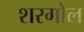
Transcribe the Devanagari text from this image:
शरगोल